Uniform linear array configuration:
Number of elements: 64
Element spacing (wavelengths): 1
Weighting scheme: binomial
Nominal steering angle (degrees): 45
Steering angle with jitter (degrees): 43.396
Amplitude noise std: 0.05
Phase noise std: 0.05

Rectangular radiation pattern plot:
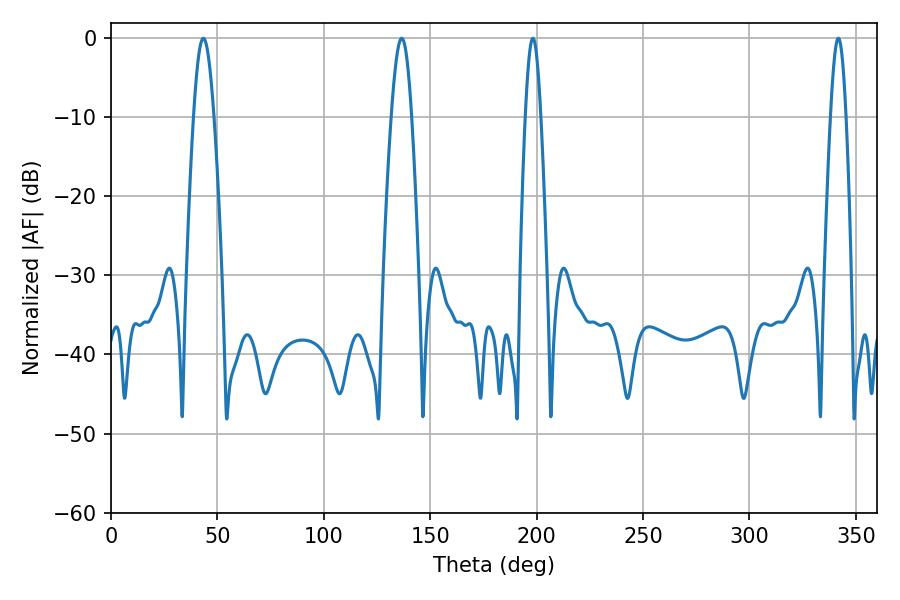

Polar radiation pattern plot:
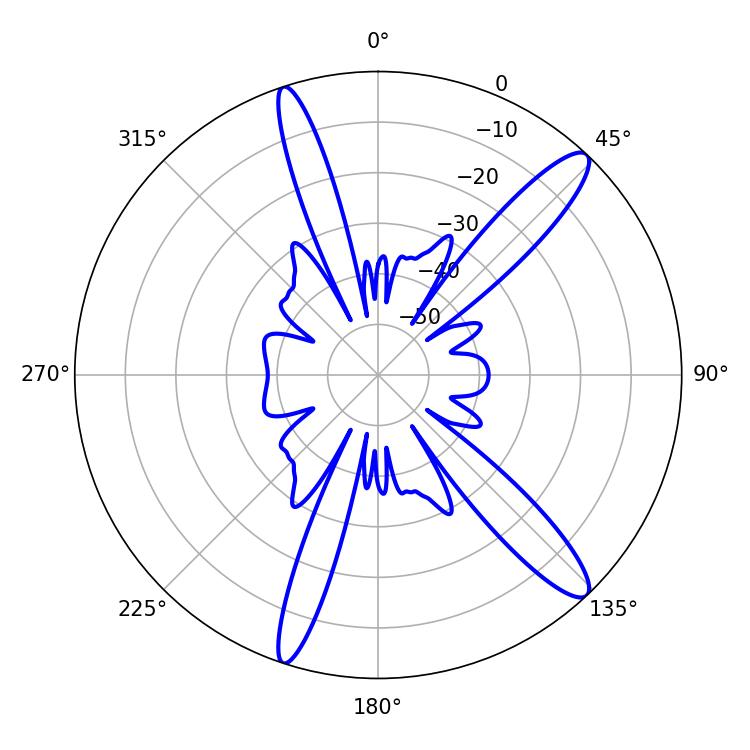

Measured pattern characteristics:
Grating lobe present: TRUE
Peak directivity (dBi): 13.556
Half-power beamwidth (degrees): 5.22
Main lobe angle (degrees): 43.38